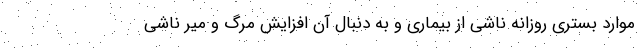
موارد بستری روزانه ناشی از بیماری و به دنبال آن افزایش مرگ و میر ناشی